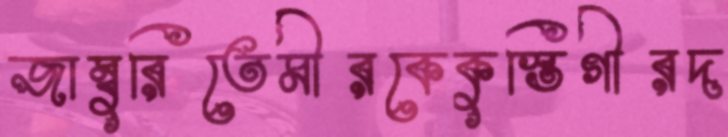
জাম্বুরিতেমীরকেকুস্তিগীরদ